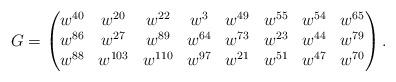
LaTeX: \begin{align*}G=\begin{pmatrix}w^{40} & w^{20} & w^{22} & w^3 & w^{49} & w^{55} & w^{54} & w^{65}\\w^{86} & w^{27} & w^{89} & w^{64} & w^{73} & w^{23} & w^{44} & w^{79}\\w^{88} & w^{103} & w^{110} & w^{97} & w^{21} & w^{51} & w^{47} & w^{70}\end{pmatrix}.\end{align*}